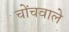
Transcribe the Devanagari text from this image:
चोंचवाले